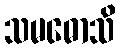
သမဓောသိ